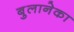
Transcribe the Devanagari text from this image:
बुलानेका